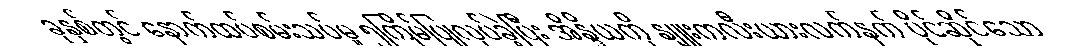
ခုနှစ်တွင် နောက်ထပ်စမ်းသပ်မှု ၅ကြိမ်ပြုလုပ်ခဲ့ပြီး အိန္ဒိယကို နျူးကလီးယားလက်နက် ပိုင်ဆိုင်သော